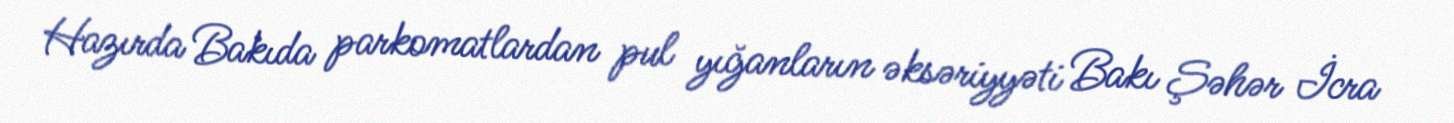
Hazırda Bakıda parkomatlardan pul yığanların əksəriyyəti Bakı Şəhər İcra